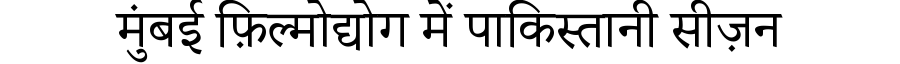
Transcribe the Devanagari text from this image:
मुंबई फ़िल्मोद्योग में पाकिस्तानी सीज़न